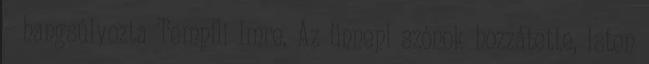
- hangsúlyozta Tempfli Imre. Az ünnepi szónok hozzátette, Isten